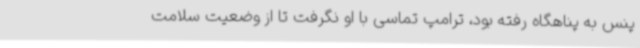
پنس به پناهگاه رفته بود، ترامپ تماسی با او نگرفت تا از وضعیت سلامت